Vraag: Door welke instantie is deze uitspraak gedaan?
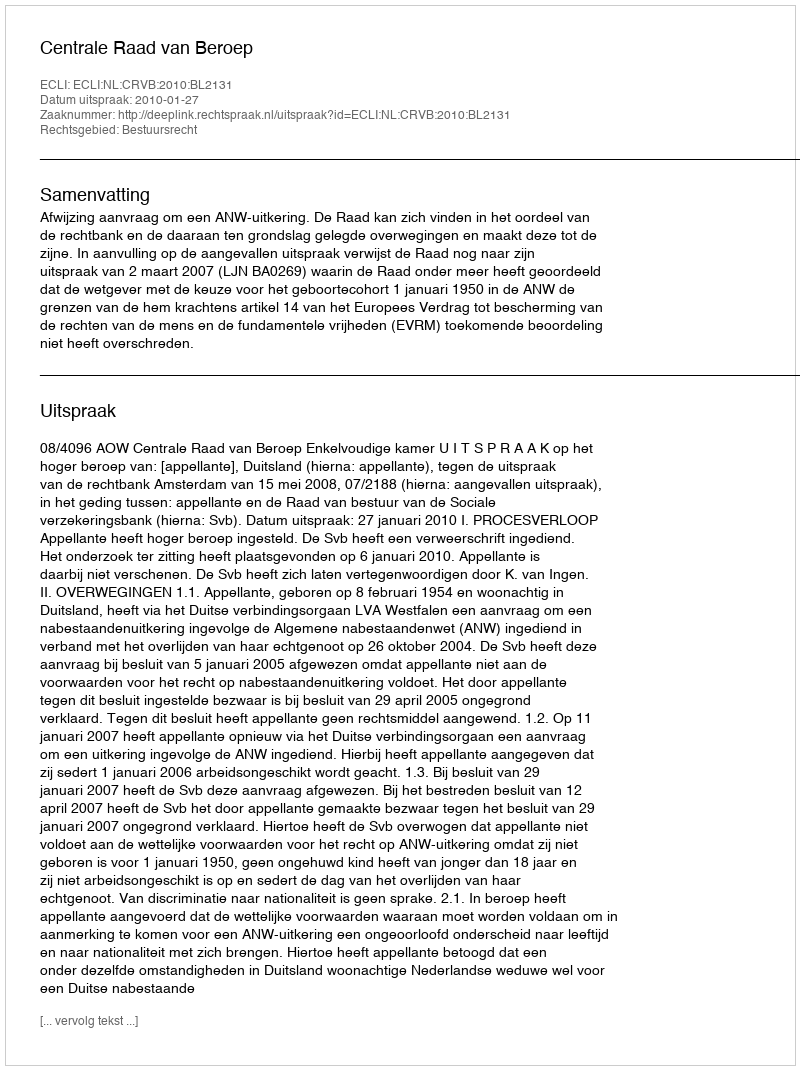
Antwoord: Centrale Raad van Beroep